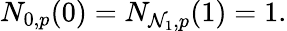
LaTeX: N_{0,p}(0)=N_{\mathcal{N}_{1},p}(1)=1.